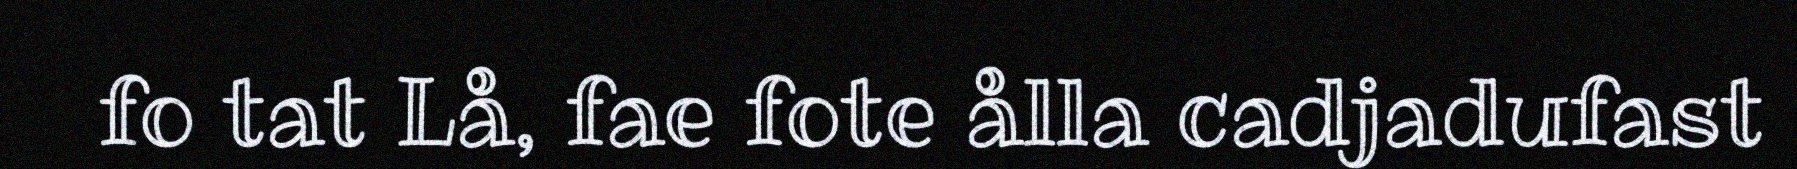
fo tat Lå, fae fote ålla cadjadufast